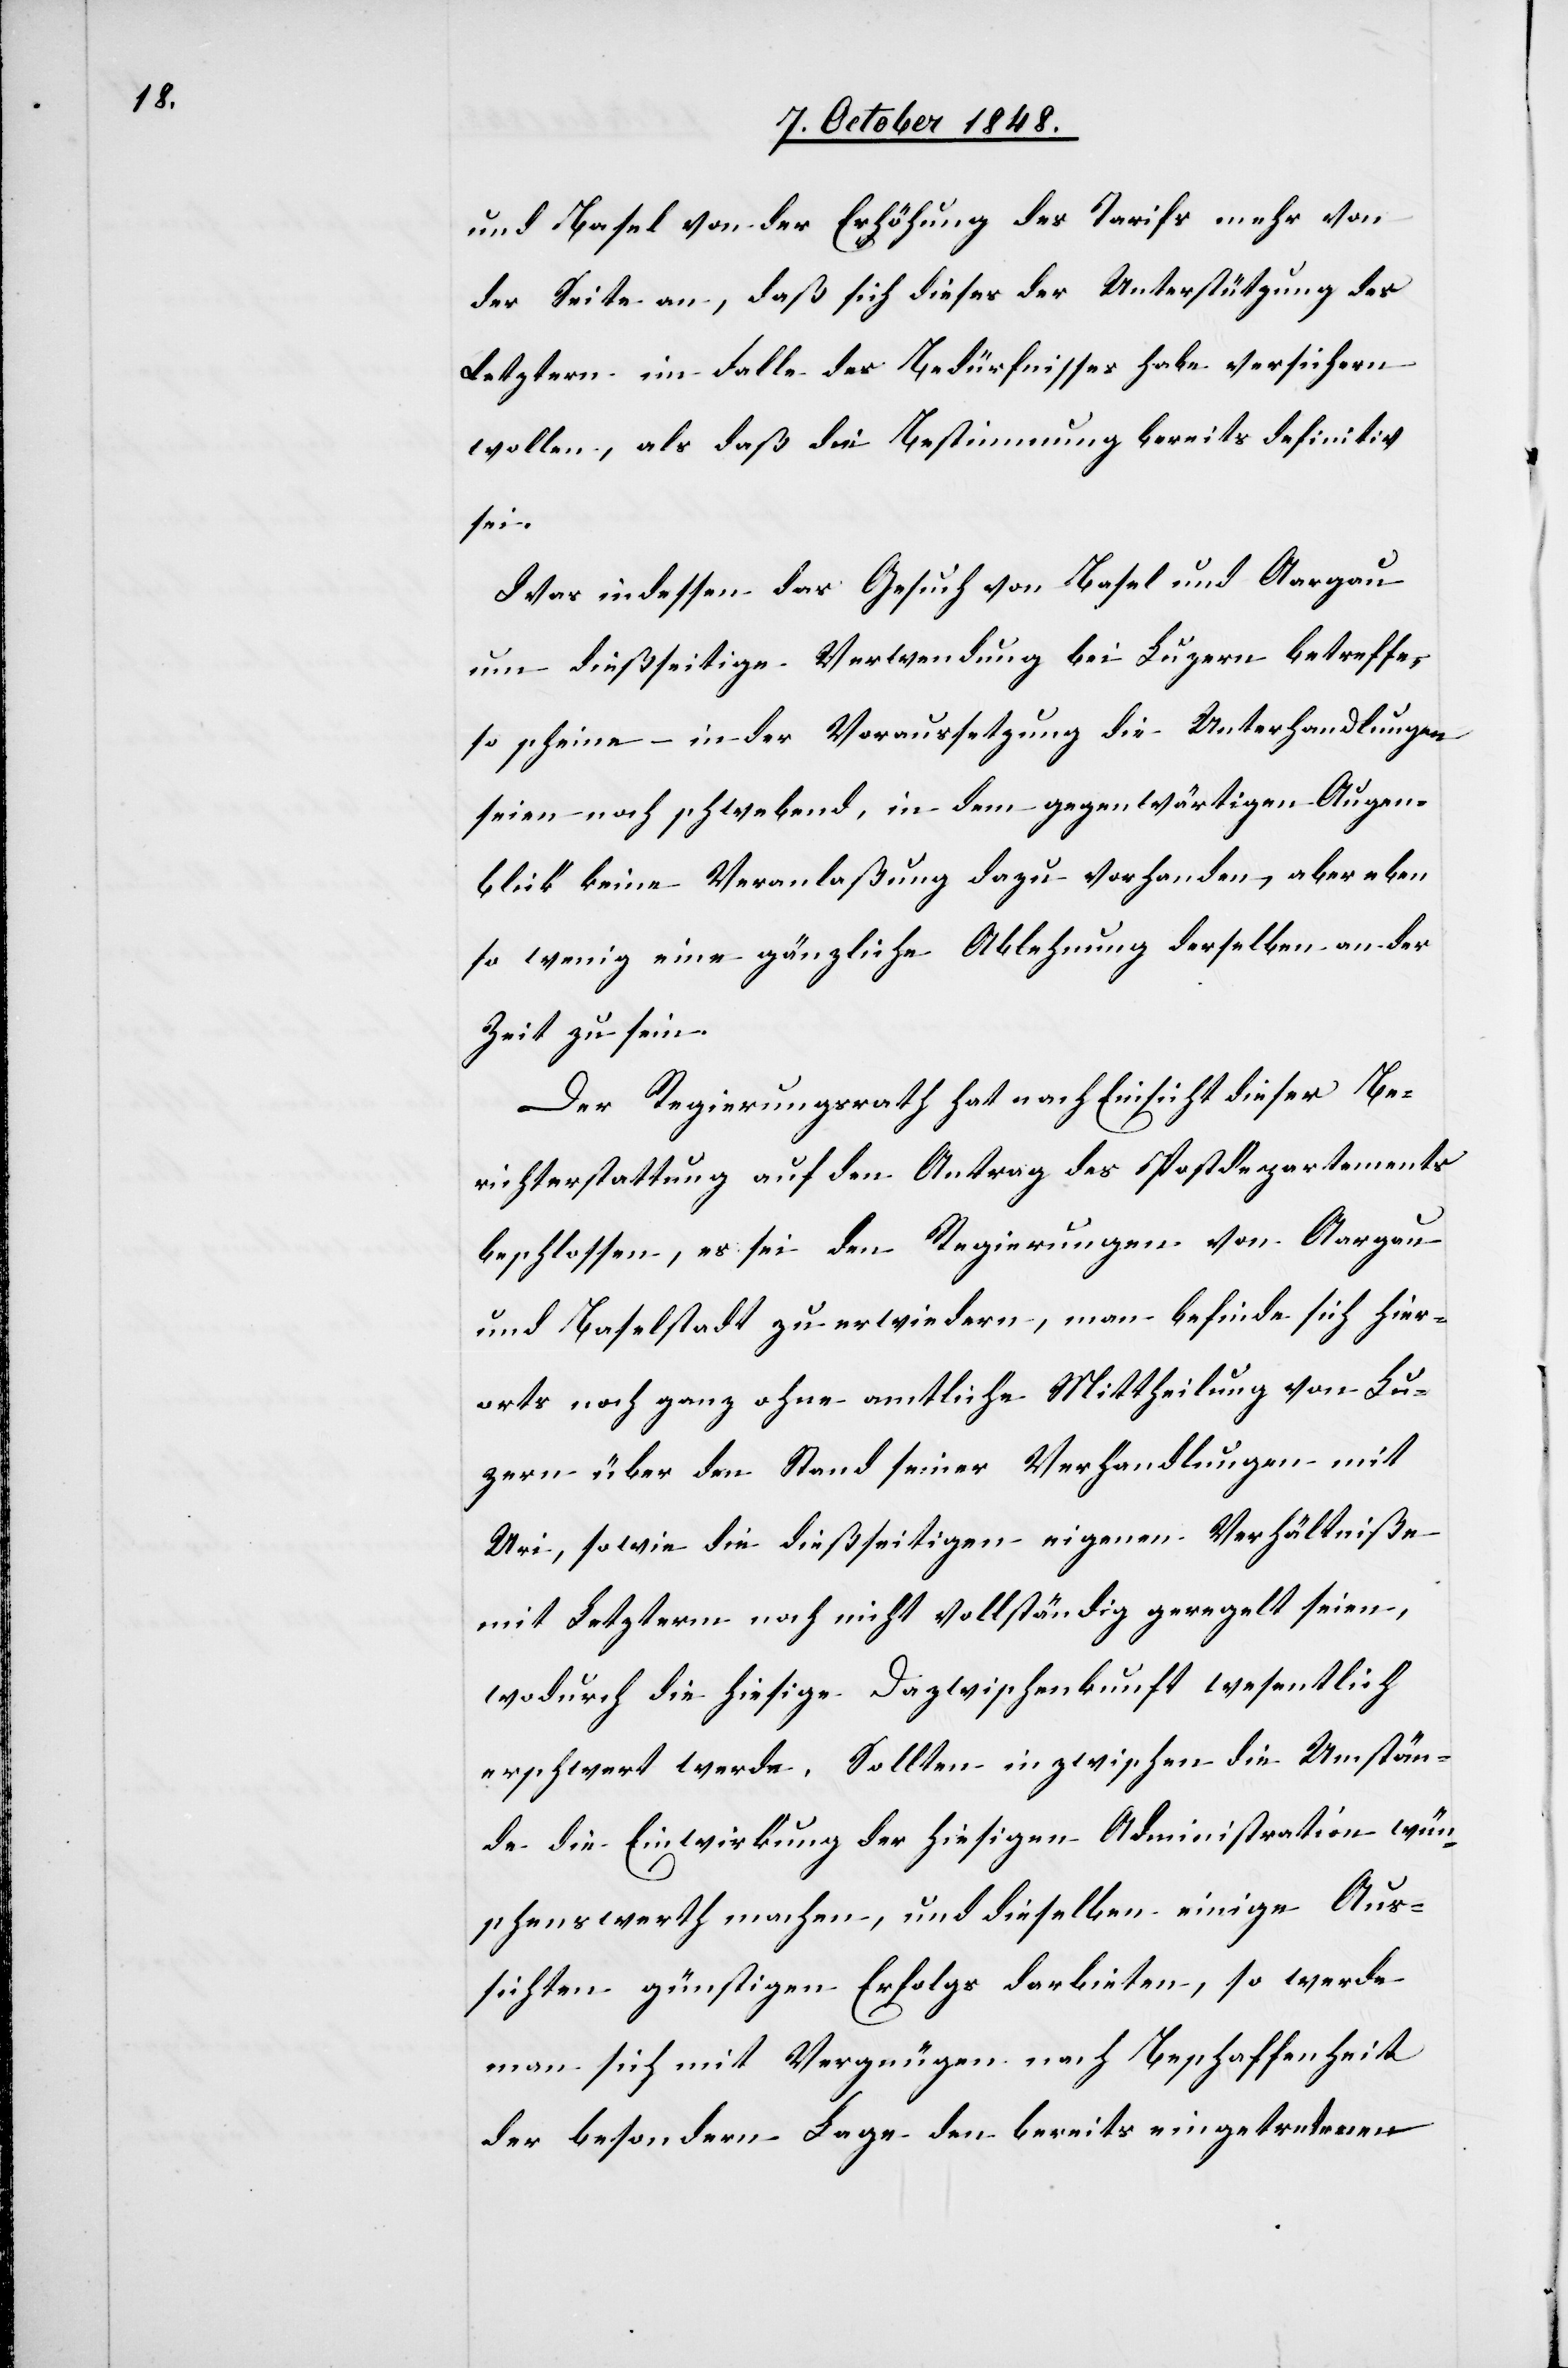
und Basel von der Erhöhung des Tarifs mehr von
der Seite an, daß sich dieses der Unterstützung des
Letztern im Falle des Bedürfnisses habe versichern
wollen, als daß die Bestimmung bereits definitiv
sei.
Was indessen das Gesuch von Basel und Aargau
um dießseitige Verwendung bei Luzern betreffe,
so scheine in der Voraussetzung die Unterhandlungen
seien noch schwebend, in dem gegenwärtigen Augen¬
blick keine Veranlaßung dazu vorhanden, aber eben
so wenig eine gänzliche Ablehnung derselben an der
Zeit zu sein.
Der Regierungsrath hat nach Einsicht dieser Be¬
richterstattung auf den Antrag des Postdepartements
beschlossen, es sei den Regierungen von Aargau
und Baselstadt zu erwiedern, man befinde sich hier¬
orts noch ganz ohne amtliche Mittheilung von Lu¬
zern über den Stand seiner Verhandlungen mit
Uri, sowie die dießseitigen eigenen Verhältniße
mit Letzterm noch nicht vollständig geregelt seien,
wodurch die hiesige Dazwischenkunft wesentlich
erschwert werde. Sollten inzwischen die Umstän¬
de die Einwirkung der hiesigen Administration wün¬
schenswerth machen, und dieselben einige Aus¬
sichten günstigen Erfolgs darbieten, so werde
man sich mit Vergnügen nach Beschaffenheit
der besondern Lage den bereits eingetretenen